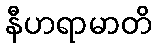
နီဟရာမာတိ